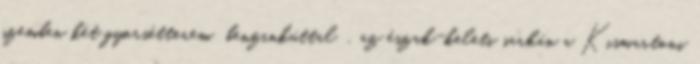
szemben két gyorsétterem benzinkúttal , az észak-keleti sarkán a Kismartoni